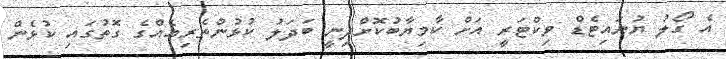
އެ ގޯލު ޔުނައިޓެޑް ވިކްޓަރީ އަށް ކާމިޔާބުކޮށްދިނީ ބަދަލު ކުޅުންތެރިއެއްގެ ގޮތުގައި ކުޅެން